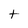
Character: t